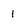
Character: 1